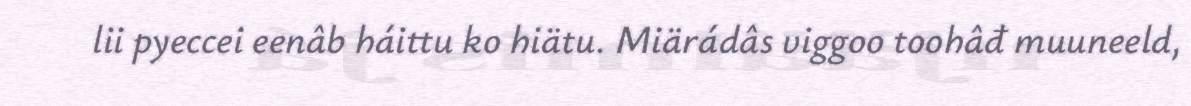
lii pyeccei eenâb háittu ko hiätu. Miärádâs viggoo toohâđ muuneeld,